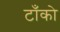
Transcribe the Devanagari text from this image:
टाँको